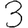
Digit: 3